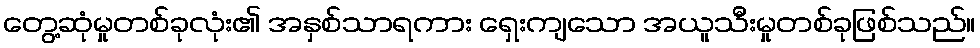
တွေ့ဆုံမှုတစ်ခုလုံး၏ အနှစ်သာရကား ရှေးကျသော အယူသီးမှုတစ်ခုဖြစ်သည်။